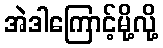
အဲဒါကြောင့်မို့လို့